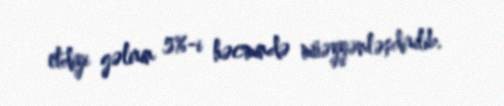
etdiyi gəlirin 5%-i həcmində müəyyənləşdirilib.